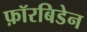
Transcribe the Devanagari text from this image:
फ़ॉरबिडेन